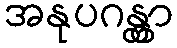
အနုပဂန္တွာ